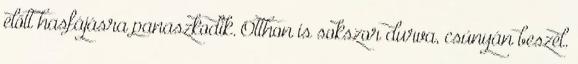
előtt hasfájásra panaszkodik. Otthon is sokszor durva, csúnyán beszél.